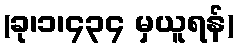
(ခု၊၁၊၄၃၄ မှယူရန်)